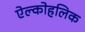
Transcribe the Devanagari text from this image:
ऐल्कोहलिक